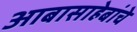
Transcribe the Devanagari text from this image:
आबासाहेबांचे